Scottish Leaving Certificate Examination, 1960
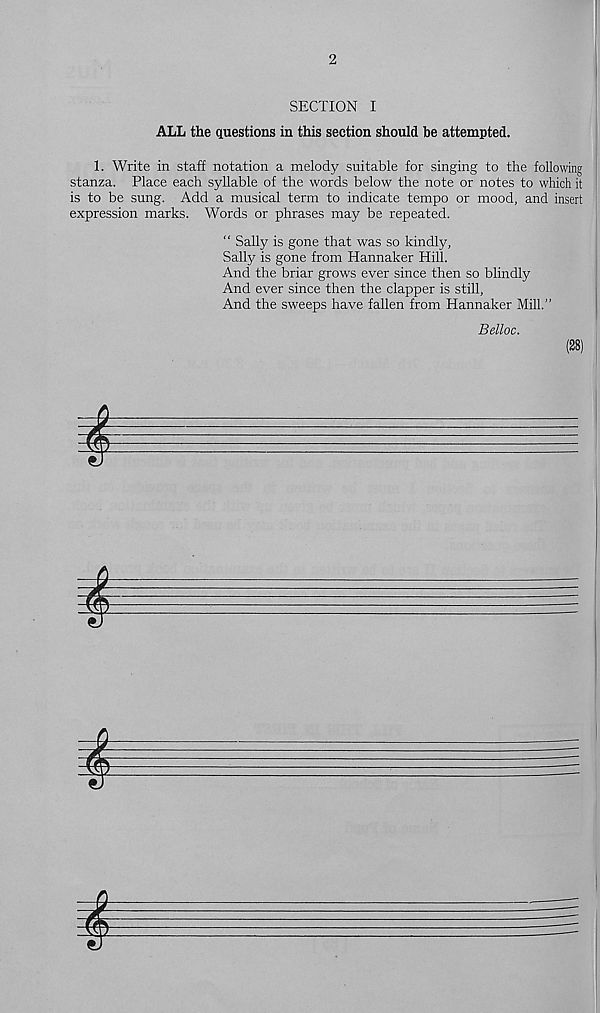
2
SECTION I
ALL the questions in this section should be attempted.
1. Write in staff notation a melody suitable for singing to the following
stanza. Place each syllable of the words below the note or notes to which it
is to be sung. Add a musical term to indicate tempo or mood, and insert
expression marks. Words or phrases may be repeated.
“ Sally is gone that was so kindly,
Sally is gone from Hannaker Hill.
And the briar grows ever since then so blindly
And ever since then the clapper is still,
And the sweeps have fallen from Hannaker Mill.”
Belloc.
(28)